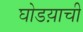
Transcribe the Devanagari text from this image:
घोडय़ाची